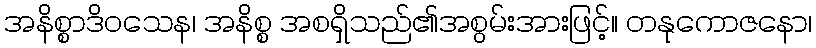
အနိစ္စာဒိဝသေန၊ အနိစ္စ အစရှိသည်၏အစွမ်းအားဖြင့်။ တနုကောဇနော၊